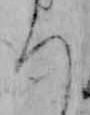
ち